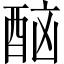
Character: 𨠯